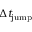
\Delta t _ { \mathrm { j u m p } }